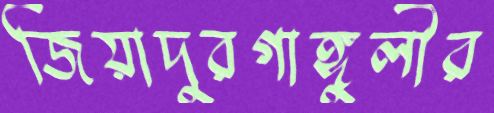
জিয়াদুরগাঙ্গুলীর